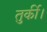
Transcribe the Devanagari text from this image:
तुर्की।